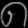
Digit: ၈